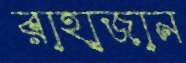
রাহাজান